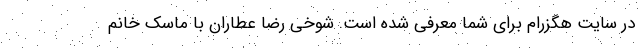
در سایت هگزرام برای شما معرفی شده است. شوخی رضا عطاران با ماسک خانم